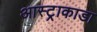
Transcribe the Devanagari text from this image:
आस्ट्राकाडा